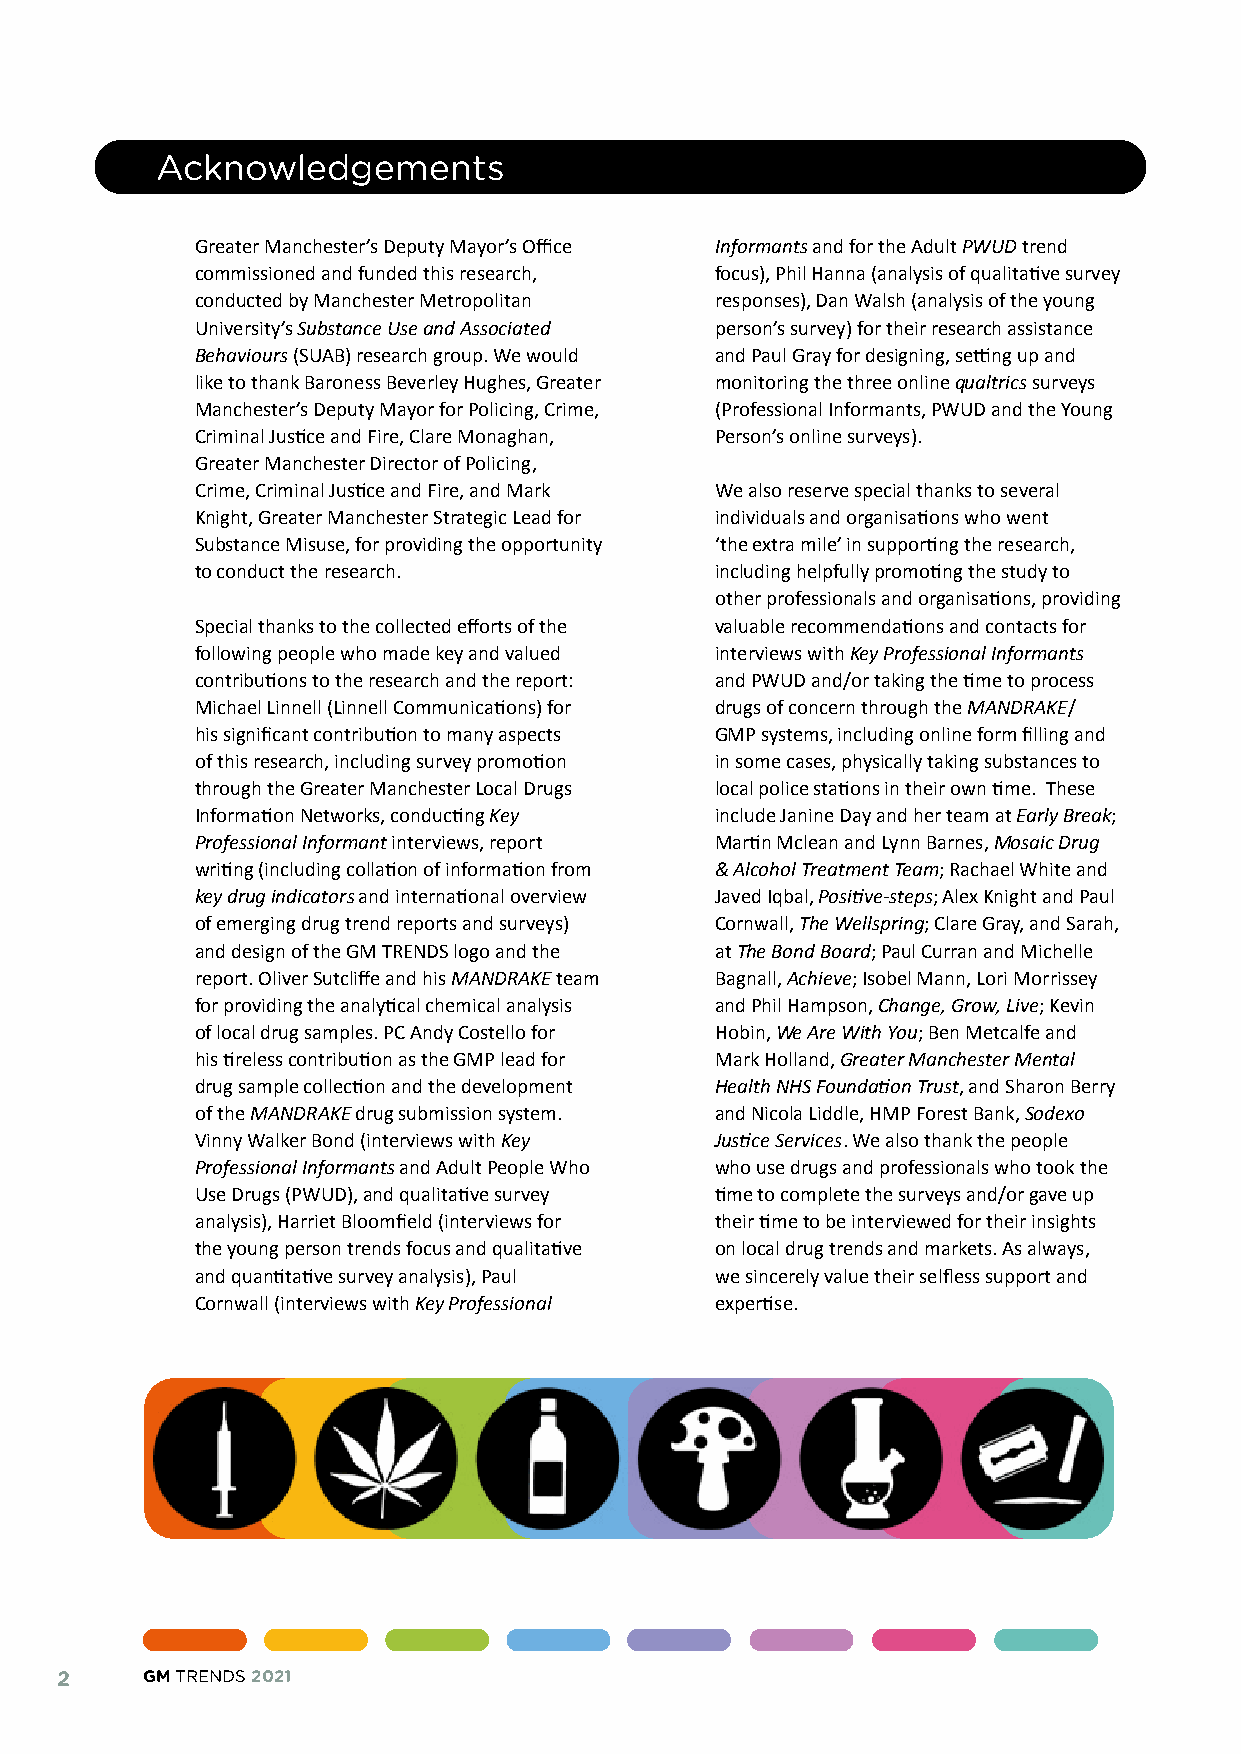
Acknowledgements
 Greater Manchester’s Deputy Mayor’s Office Informants and for the Adult PWUD trend
 commissioned and funded this research, focus), Phil Hanna (analysis of qualitative survey
 conducted by Manchester Metropolitan responses), Dan Walsh (analysis of the young
 University’s Substance Use and Associated person’s survey) for their research assistance
 Behaviours (SUAB) research group. We would and Paul Gray for designing, setting up and
 like to thank Baroness Beverley Hughes, Greater monitoring the three online qualtrics surveys
 Manchester’s Deputy Mayor for Policing, Crime, (Professional Informants, PWUD and the Young
 Criminal Justice and Fire, Clare Monaghan, Person’s online surveys).
 Greater Manchester Director of Policing,
 Crime, Criminal Justice and Fire, and Mark We also reserve special thanks to several
 Knight, Greater Manchester Strategic Lead for individuals and organisations who went
 Substance Misuse, for providing the opportunity ‘the extra mile’ in supporting the research,
 to conduct the research.          including helpfully promoting the study to
 other professionals and organisations, providing
 Special thanks to the collected efforts of the valuable recommendations and contacts for
 following people who made key and valued interviews with Key Professional Informants
 contributions to the research and the report: and PWUD and/or taking the time to process
 Michael Linnell (Linnell Communications) for drugs of concern through the MANDRAKE/
 his significant contribution to many aspects GMP systems, including online form filling and
 of this research, including survey promotion in some cases, physically taking substances to
 through the Greater Manchester Local Drugs local police stations in their own time. These
 Information Networks, conducting Key include Janine Day and her team at Early Break;
 Professional Informant interviews, report Martin Mclean and Lynn Barnes, Mosaic Drug
 writing (including collation of information from & Alcohol Treatment Team; Rachael White and
 key drug indicators and international overview Javed Iqbal, Positive-steps; Alex Knight and Paul
 of emerging drug trend reports and surveys) Cornwall, The Wellspring; Clare Gray, and Sarah,
 and design of the GM TRENDS logo and the at The Bond Board; Paul Curran and Michelle
 report. Oliver Sutcliffe and his MANDRAKE team Bagnall, Achieve; Isobel Mann, Lori Morrissey
 for providing the analytical chemical analysis and Phil Hampson, Change, Grow, Live; Kevin
 of local drug samples. PC Andy Costello for Hobin, We Are With You; Ben Metcalfe and
 his tireless contribution as the GMP lead for Mark Holland, Greater Manchester Mental
 drug sample collection and the development Health NHS Foundation Trust, and Sharon Berry
 of the MANDRAKE drug submission system. and Nicola Liddle, HMP Forest Bank, Sodexo
 Vinny Walker Bond (interviews with Key Justice Services. We also thank the people
 Professional Informants and Adult People Who who use drugs and professionals who took the
 Use Drugs (PWUD), and qualitative survey time to complete the surveys and/or gave up
 analysis), Harriet Bloomfield (interviews for their time to be interviewed for their insights
 the young person trends focus and qualitative on local drug trends and markets. As always,
 and quantitative survey analysis), Paul we sincerely value their selfless support and
 Cornwall (interviews with Key Professional expertise.
 2    GM TRENDS 2021